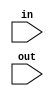
`timescale 1ns / 1ps
`default_nettype none

module SevenSegmentEncoder(
	in,out
	);
	
	input [3:0] in;
	input [7:0] out;
	
	assign out = sevenSegment(in);
	
	function [7:0] sevenSegment;
		input  [3:0] segIn;
		begin
			case(segIn)
			//                 gfedcba   
				4'h0: sevenSegment = 7'b0111111;
				4'h1: sevenSegment = 7'b0000110;
				4'h2: sevenSegment = 7'b1011011;
				4'h3: sevenSegment = 7'b1001111;
				4'h4: sevenSegment = 7'b1100110;
				4'h5: sevenSegment = 7'b1101101;
				4'h6: sevenSegment = 7'b1111101;
				4'h7: sevenSegment = 7'b0000111;
				4'h8: sevenSegment = 7'b1111111;
				4'h9: sevenSegment = 7'b1101111;
				4'hA: sevenSegment = 7'b1110111;
				4'hB: sevenSegment = 7'b1111100;
				4'hC: sevenSegment = 7'b0111001;
				4'hD: sevenSegment = 7'b1011110;
				4'hE: sevenSegment = 7'b1111001;
				4'hF: sevenSegment = 7'b1110001;
			endcase
		end
	endfunction
endmodule

module prescaler(
	clk_in,
	reset_n,
	clk_out,
	);
	
	input clk_in;
	input reset_n;
	output clk_out;
	
	reg [7:0] interreg;
	assign clk_out = interreg[7];
	
	always @(posedge clk_in or negedge reset_n)
	begin
		if(~reset_n)
			interreg <= 8'h00;
		else
			interreg <= interreg + 1;
	end

endmodule

module normClkGenerator(
	clk_in,
	reset_n,
	clk_out
	);
//	parameter [31:1] param_05Second = 32'h00FBC520; //33MHz0.5b
//	parameter [31:0] param_05Second = 32'h00000100;
	parameter [31:0] param_05Second = 32'h00FBC520;

	input clk_in;
	input reset_n;
	output clk_out;
	
	
	reg [31:0] interreg;
	reg clk_out;
	
	always @(posedge clk_in or negedge reset_n)
	begin
		if(~reset_n) begin
			interreg <= 32'h00000000;
			clk_out  <= 1'b0;
		end 
		else if(interreg == param_05Second) begin
		   interreg <= 32'h00000000;
			clk_out  <= ~ clk_out;
		end
		else
			interreg <= interreg + 1;
		end
	
endmodule